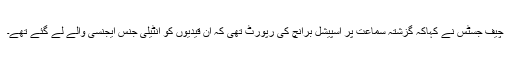
چیف جسٹس نے کہاکہ گزشتہ سماعت پر اسپیشل برانچ کی رپورٹ تھی کہ ان قیدیوں کو انٹیلی جنس ایجنسی والے لے گئے تھے۔